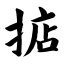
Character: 掂